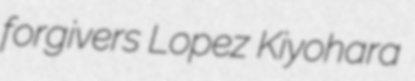
forgivers Lopez Kiyohara